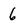
Character: 6